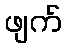
ဖျက်